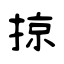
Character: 掠